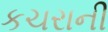
કચરાની